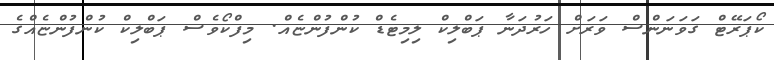
ކޯޕަރޭޓް ގަވަނަންސް ވަރަށް ހަރުދަނާ ޕަބްލިކް ލިމިޓެޑް ކުންފުންޏެއް. މިފްކޯވެސް ޕަބްލިކް ކުންފުންޏެއްގެ